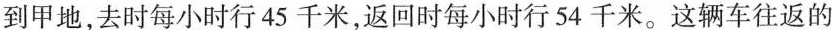
到甲地，去时每小时行45千米，返回时每小时行54千米。这辆车往返的